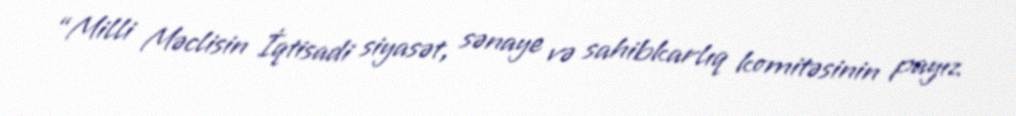
“Milli Məclisin İqtisadi siyasət, sənaye və sahibkarlıq komitəsinin payız